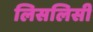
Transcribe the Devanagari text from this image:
लिसलिसी